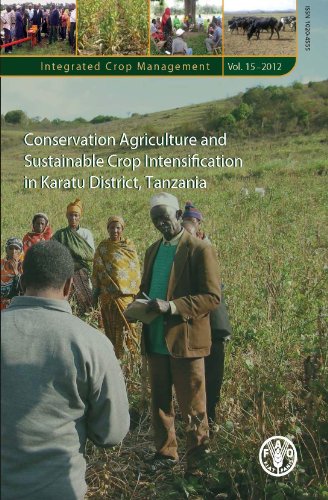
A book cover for Conservation Agriculture and Sustainable Crop Intensification in Karatu District, Tanzania (Integrated Crop Management Series); Food and Agriculture Organization of the United Nations; Science & Math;